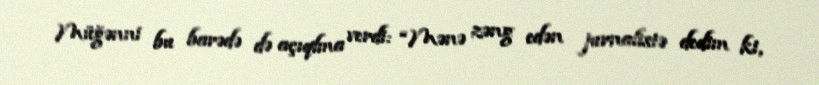
Müğənni bu barədə də açıqlma verdi: “Mənə zəng edən jurnalistə dedim ki,